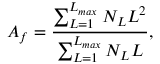
A _ { f } = \frac { \sum _ { L = 1 } ^ { L _ { m a x } } N _ { L } L ^ { 2 } } { \sum _ { L = 1 } ^ { L _ { m a x } } N _ { L } L } ,